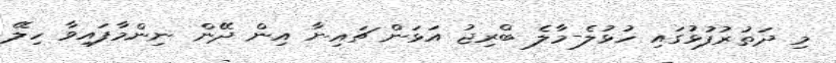
މި ދަތުރުުފުޅުގައި ހުޅުލެ-މާލެ ބްރިޖު އަޅަން ޗައިނާ އިން ދޭން ނިންމާފައިވާ ހިލޭ